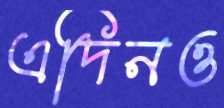
এদিনও